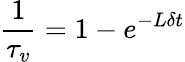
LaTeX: \frac{1}{\tau_{v}}=1-e^{-L\delta t}